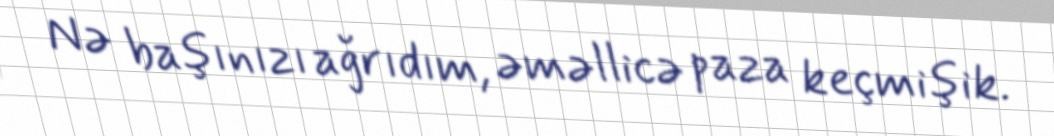
Nə başınızı ağrıdım, əməllicə paza keçmişik.